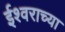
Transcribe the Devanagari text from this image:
ईश्‍वराच्या